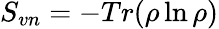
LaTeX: S_{vn}=-Tr(\rho\ln\rho)